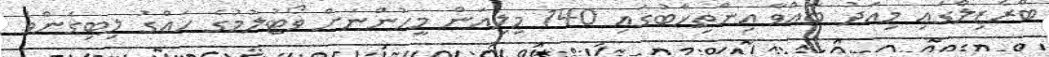
ބްރެޒިލްގައި މިއަދު ބާއްވާ އިންތިޚާބުގައި 140 މިލިއަން މީހުންނަށް ވޯޓުލުމުގެ ހައްގު ލިބިގެންވެ